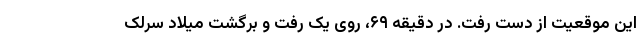
این موقعیت از دست رفت. در دقیقه ۶۹، روی یک رفت و برگشت میلاد سرلک